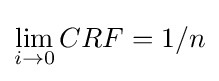
\lim _{i\rightarrow 0}CRF=1/n